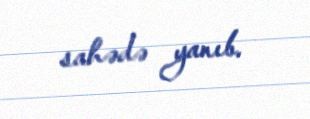
sahədə yanıb.